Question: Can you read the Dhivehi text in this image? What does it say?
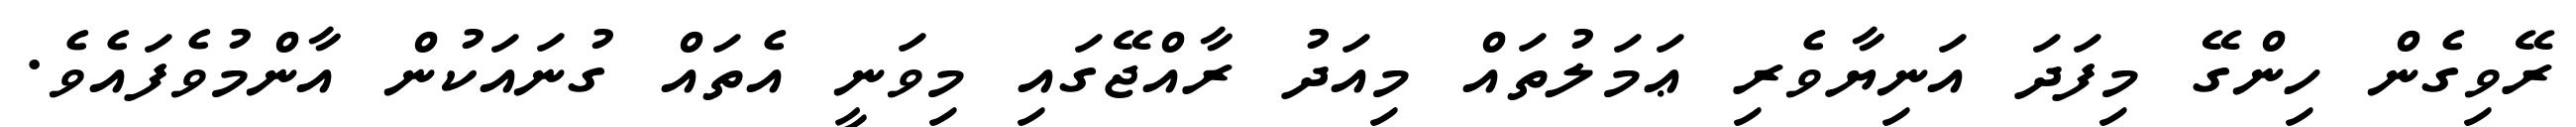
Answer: ރޭވިގެން ހިންގޭ މިފަދަ އަނިޔާވެރި ޢަމަލުތައް މިއަދު ރާއްޖޭގައި މިވަނީ އެތައް ގުނައަކުން އާންމުވެފައެވެ.